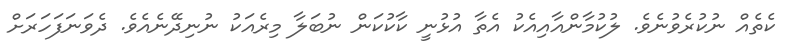
ކެތެއް ނުކުރެވުނެވެ. ލުކުމާންއާއިއެކު އެތާ އުޅުނީ ކާކުކަން ނުބަލާ މިރެއަކު ނުނިދޭނެއެވެ. ދެވަނަފަހަރަށް